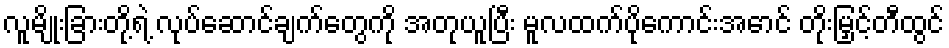
လူမျိုးခြားတို့ရဲ့ လုပ်ဆောင်ချက်တွေကို အတုယူပြီး မူလထက်ပိုကောင်းအောင် တိုးမြှင့်တီထွင်